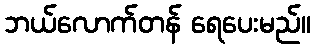
ဘယ်လောက်တန် ရေပေးမည်။